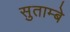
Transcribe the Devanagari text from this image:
सुताम्बे